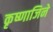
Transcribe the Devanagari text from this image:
कृष्णाजिने